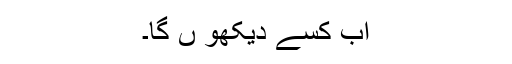
اب کسے دیکھو ں گا۔